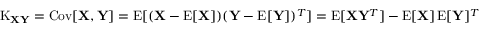
\operatorname { K } _ { \mathbf { X } \mathbf { Y } } = \operatorname { C o v } [ \mathbf { X } , \mathbf { Y } ] = \operatorname { E } [ ( \mathbf { X } - \operatorname { E } [ \mathbf { X } ] ) ( \mathbf { Y } - \operatorname { E } [ \mathbf { Y } ] ) ^ { T } ] = \operatorname { E } [ \mathbf { X } \mathbf { Y } ^ { T } ] - \operatorname { E } [ \mathbf { X } ] \operatorname { E } [ \mathbf { Y } ] ^ { T }